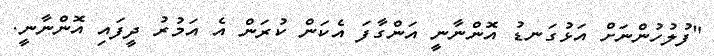
"ފުލުހުންނަށް އަޅުގަނޑު އޮންނާނީ އަންގާފަ އެކަން ކުރަން އެ އަމުރު ދީފައި އޮންނާނީ.